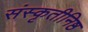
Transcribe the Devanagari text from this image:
संस्कृतीनिष्ठ